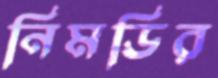
নিমডির